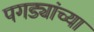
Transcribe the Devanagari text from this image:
पगड्यांच्या